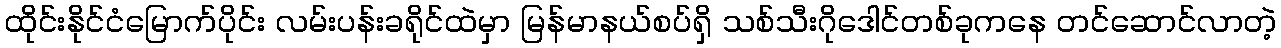
ထိုင်းနိုင်ငံမြောက်ပိုင်း လမ်းပန်းခရိုင်ထဲမှာ မြန်မာနယ်စပ်ရှိ သစ်သီးဂိုဒေါင်တစ်ခုကနေ တင်ဆောင်လာတဲ့